Malaria in the Duars
Disease focus: Malaria
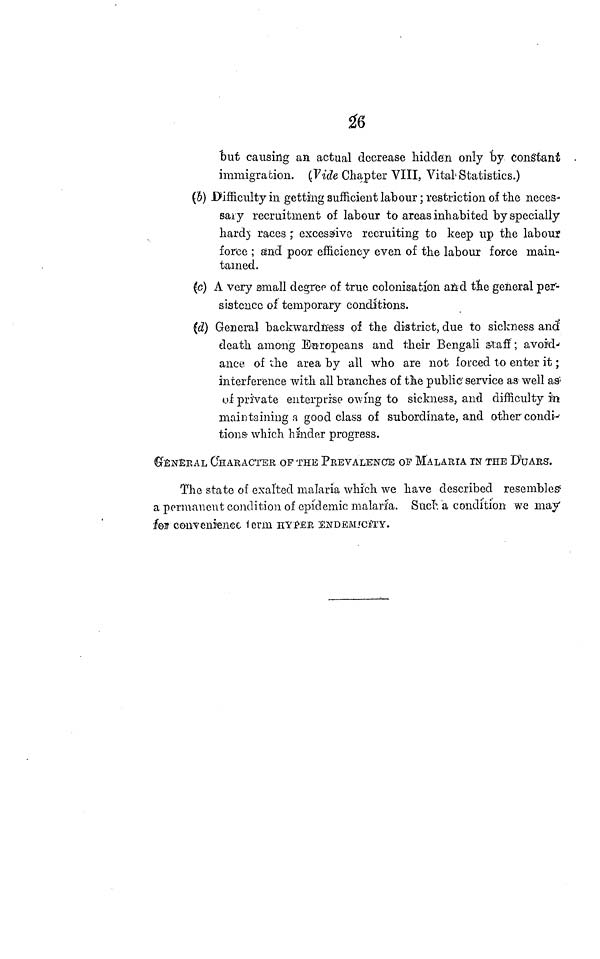
26
"but causing an actual decrease hidden only "by constant
immigration. (Vide Chapter VIII, Vital'Statistics.)
(5) -Difficulty in getting sufficient labour; restriction of the neces-
saiy recruitment of labour to areas inhabited by specially
hard) races ,' excessive recruiting to keep up the labour
force ; and poor efficiency even of the labour force main-
tained.
(c) A very small degree of true colonisation and the general per-
sistence of temporary conditions.
(d) General backwardness of the district, due to sickness and
death among Europeans and their Bengali Staff; avoid-
ance of the area by all who are not forced to enter it;
interference with all branches of the public' service as well as ;
of private enterprise owing to sickness, and difficulty in
maintaining a good class of subordinate, and other condi-
tions- which hinder progress.
GENERAL CHARACTER OF THE PREVALENCE OF MALARIA IN THE DUARS.
The state of exalted malaria which we have described resembles
a permanent condition of epidemic malaria. Such a condition we may
for convenience term HYPER ENDEMICITY.